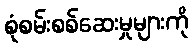
စုံစမ်းစစ်ဆေးမှုများကို